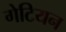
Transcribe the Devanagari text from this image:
गेटियन